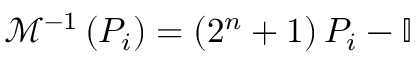
\begin{array} { r } { \mathcal { M } ^ { - 1 } \left( P _ { i } \right) = \left( 2 ^ { n } + 1 \right) P _ { i } - \mathbb { I } } \end{array}